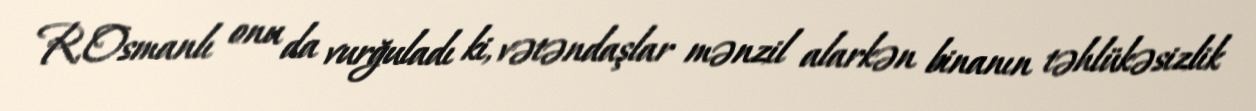
R.Osmanlı onu da vurğuladı ki, vətəndaşlar mənzil alarkən binanın təhlükəsizlik